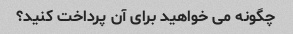
چگونه می خواهید برای آن پرداخت کنید؟